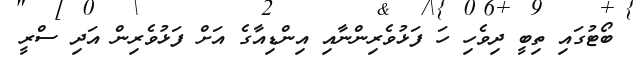
ބޯޓުގައި ތިބީ ދިވެހި ހަ ފަޅުވެރިންނާއި އިންޑިއާގެ އަށް ފަޅުވެރިން އަދި ސްރީ